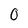
Character: 0